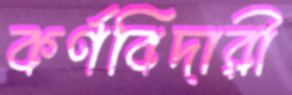
কর্ণবিদারী